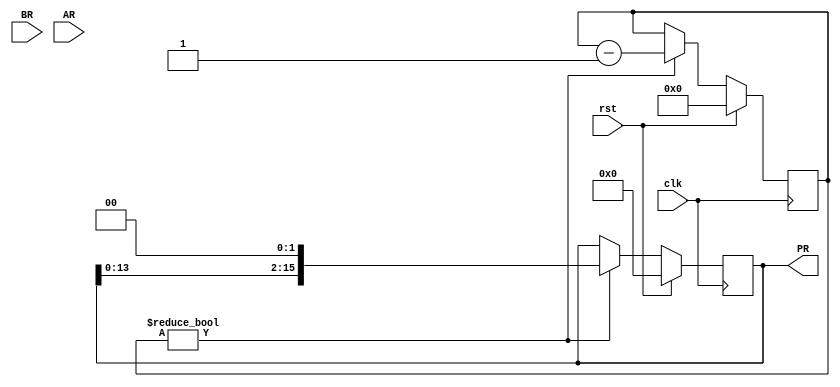
module multiplier(
    input [7:0] BR, // registrador do multiplicando
    input [7:0] AR, // registrador do multiplicador
    output reg [15:0] PR, // registrador do produto
    input clk, // sinal de clock
    input rst // sinal de reset
);

reg [7:0] AR_reg; // registrador temporrio do multiplicador

always @(posedge clk) begin
    if (rst) begin
        PR <= 0;
        AR_reg <= 0;
    end else begin
        // verifica se AR  diferente de zero
        if (AR_reg != 0) begin
            // adiciona BR a PR
            PR <= PR + {BR, 8'b0};

            // desloca PR para a esquerda
            PR <= {PR[13:0], 2'b0};

            // decrementa AR
            AR_reg <= AR_reg - 1;
        end
    end
end

endmodule